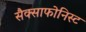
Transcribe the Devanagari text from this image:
सैक्साफोनिस्ट